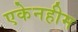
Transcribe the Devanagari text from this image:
एकेनहीम